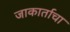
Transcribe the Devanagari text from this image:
जाकार्ताचा